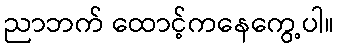
ညာဘက် ထောင့်ကနေကွေ့ပါ။